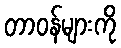
တာဝန်များကို